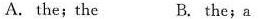
A.the;the B. the;a